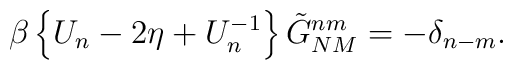
\beta \left\{ U_n-2\eta +U_n^{-1}\right\} \tilde{G}_{NM}^{nm}=-\delta _{n-m}.